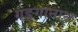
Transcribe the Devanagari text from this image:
गङ्गानाथ